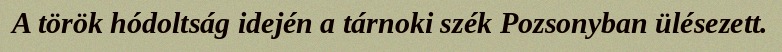
A török hódoltság idején a tárnoki szék Pozsonyban ülésezett.